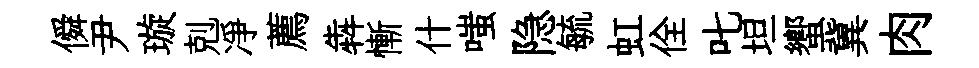
僢尹璇剋凈薦犇慚什嗤隐毓虹佺叱坦蠁冀肉